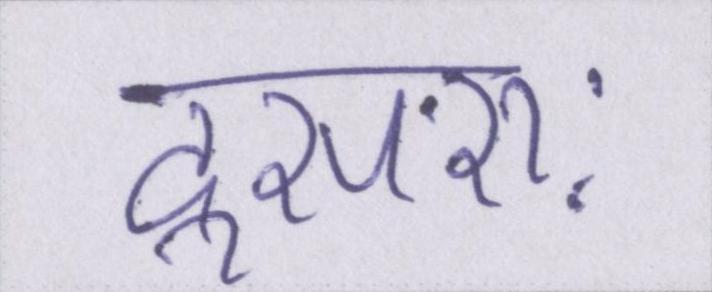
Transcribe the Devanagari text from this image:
दूसराः